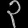
Digit: ၃